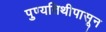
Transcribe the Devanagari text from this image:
पुण्यतिथीपासून